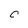
Character: 0